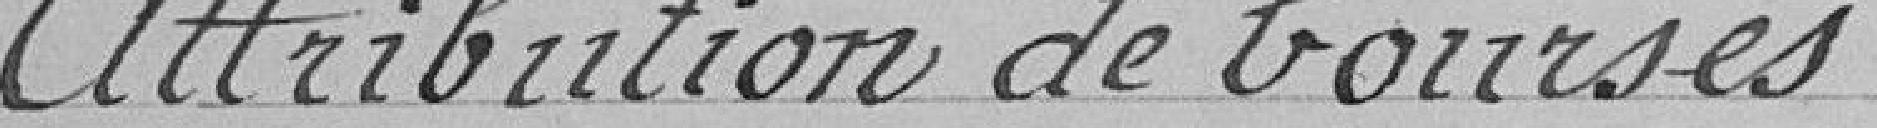
Attribution de bourses